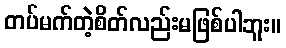
တပ်မက်တဲ့စိတ်လည်းမဖြစ်ပါဘူး။